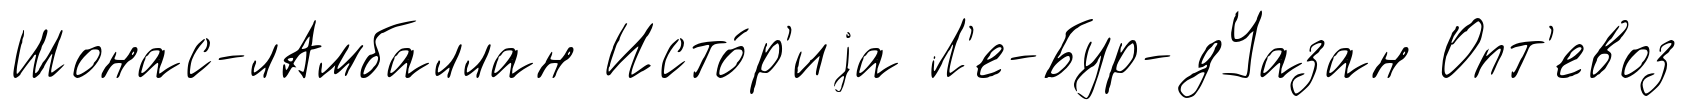
Шонас-лАмбаллан Исто́р'иjа Л'е-Бур-дУазан Опт'евоз